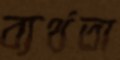
ব্যর্থতা